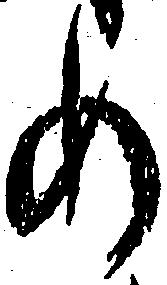
め